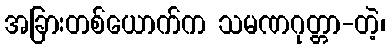
အခြားတစ်ယောက်က သမဏဂုတ္တာ-တဲ့၊